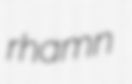
rhamn